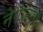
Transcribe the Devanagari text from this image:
नेरंजना